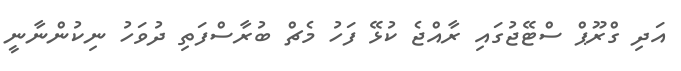
އަދި ގްރޫޕް ސްޓޭޖުގައި ރާއްޖެ ކުޅޭ ފަހު މެޗް ބުރާސްފަތި ދުވަހު ނިކުންނާނީ